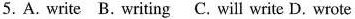
5.A. write B. writing C. will write D. wrote